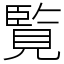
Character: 覧